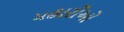
મહારીઓ